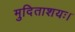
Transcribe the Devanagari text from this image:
मुदिताशयः।